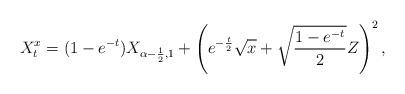
LaTeX: \begin{align*}X_t^x = (1-e^{-t} ) X_{\alpha-\frac{1}{2},1} + \left( e^{-\frac{t}{2}} \sqrt{x} + \sqrt{\frac{1-e^{-t}}{2}} Z \right)^2,\end{align*}